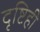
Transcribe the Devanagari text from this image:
दृष्टिही